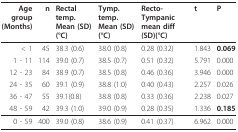
<table><thead><tr><td><b>Age group (Months)</b></td><td><b>n</b></td><td><b>Rectal temp. Mean (SD)(°C)</b></td><td><b>Tymp. temp. Mean (SD)(°C)</b></td><td><b>Recto-Tympanic mean diff (SD)(°C)</b></td><td><b>t</b></td><td><b>P</b></td></tr></thead><tbody><tr><td>&lt; 1</td><td>45</td><td>38.3 (0.6)</td><td>38.0 (0.8)</td><td>0.28 (0.32)</td><td>1.843</td><td><b>0.069</b></td></tr><tr><td>1 - 11</td><td>114</td><td>39.0 (0.7)</td><td>38.5 (0.7)</td><td>0.51 (0.32)</td><td>5.791</td><td>0.000</td></tr><tr><td>12 - 23</td><td>84</td><td>38.9 (0.7)</td><td>38.5 (0.8)</td><td>0.46 (0.36)</td><td>3.946</td><td>0.000</td></tr><tr><td>24 - 35</td><td>60</td><td>39.1 (0.9)</td><td>38.8 (1.0)</td><td>0.40 (0.43)</td><td>2.257</td><td>0.026</td></tr><tr><td>36 - 47</td><td>55</td><td>39.1(0.8)</td><td>38.8 (0.8)</td><td>0.33 (0.36)</td><td>2.238</td><td>0.027</td></tr><tr><td>48 - 59</td><td>42</td><td>39.3 (1.0)</td><td>39.0 (0.9)</td><td>0.28 (0.35)</td><td>1.336</td><td><b>0.185</b></td></tr><tr><td>0 - 59</td><td>400</td><td>39.0 (0.8)</td><td>38.6 (0.9)</td><td>0.41 (0.37)</td><td>6.962</td><td>0.000</td></tr></tbody></table>